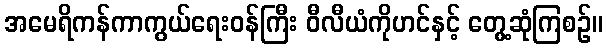
အမေရိကန်ကာကွယ်ရေးဝန်ကြီး ဝီလီယံကိုဟင်နှင့် တွေ့ဆုံကြစဉ်။